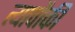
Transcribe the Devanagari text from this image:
त्यापौकी